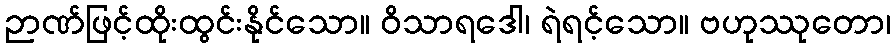
ဉာဏ်ဖြင့်ထိုးထွင်းနိုင်သော။ ဝိသာရဒေါ၊ ရဲရင့်သော။ ဗဟုဿုတော၊